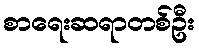
စာရေးဆရာတစ်ဦး